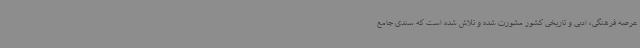
عرصه فرهنگی، ادبی و تاریخی کشور مشورت شده و تلاش شده است که سندی جامع